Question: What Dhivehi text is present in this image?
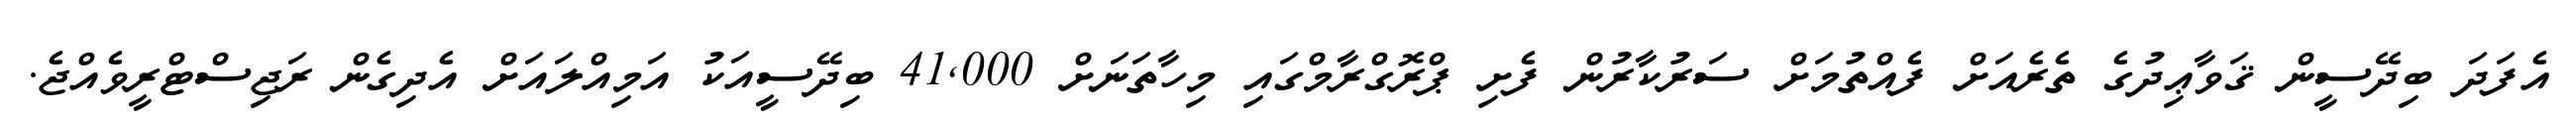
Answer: އެފަދަ ބިދޭސީން ޤަވާޢިދުގެ ތެރެއަށް ފެއްތުމަށް ސަރުކާރުން ފެށި ޕްރޮގްރާމްގައި މިހާތަނަށް 41,000 ބިދޭސީއަކު އަމިއްލައަށް އެދިގެން ރަޖިސްޓްރީވެއްޖެ.